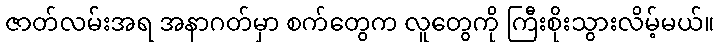
ဇာတ်လမ်းအရ အနာဂတ်မှာ စက်တွေက လူတွေကို ကြီးစိုးသွားလိမ့်မယ်။